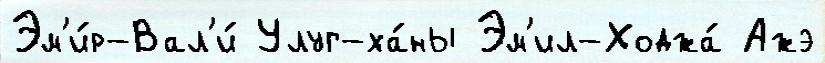
Эм'и́р-Вал'и́ Улуг-ха́ны Эм'ил-Ходжа́ Ажэ